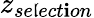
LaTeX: z_{se\mathfrak{l}ect\mathbf{i}on}